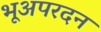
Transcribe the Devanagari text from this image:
भूअपरदन